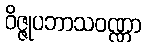
ဝိဇ္ဇုပဘာသဝဏ္ဏာ